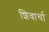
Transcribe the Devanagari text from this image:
शिवार्चा